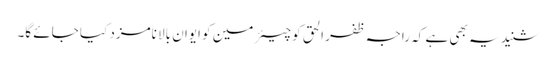
شنید یہ بھی ہے کہ راجہ ظفر الحق کو چیئرمین کو ایوان بالا نامزد کیا جائے گا۔